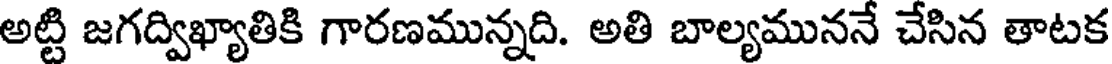
అట్టి జగద్విఖ్యాతికి గారణమున్నది. అతి బాల్యముననే చేసిన తాటక